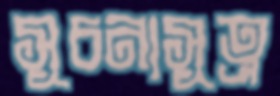
সূচনাসূত্র